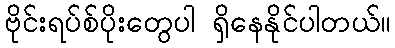
ဗိုင်းရပ်စ်ပိုးတွေပါ ရှိနေနိုင်ပါတယ်။